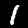
Label: 1